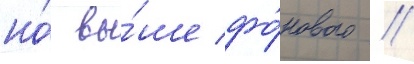
но́ вы́ше фо́нового //